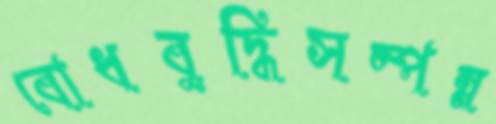
বোধবুদ্ধিসম্পন্ন